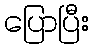
ပြောပြီး